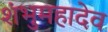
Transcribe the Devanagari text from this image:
शंभुमहादेव